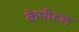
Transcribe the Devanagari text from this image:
केपीटल